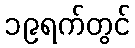
၁၉ရက်တွင်